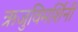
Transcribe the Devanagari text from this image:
ऋजुविमर्शिनी